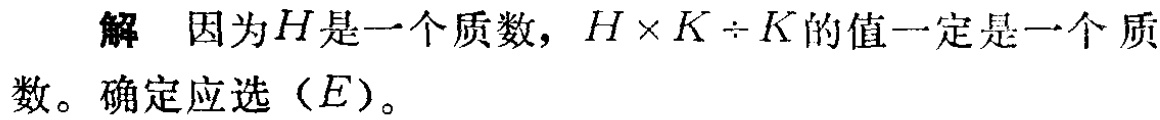
解 因为\(H\)是一个质数，\(H\times K\div K\)的值一定是一个质数。确定应选（\(E\)）。